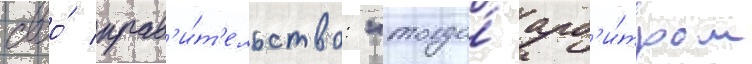
своо́ прав'и́т'ельство: "тогда́ арб'и́тром